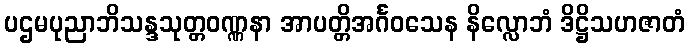
ပဌမပုညာဘိသန္ဒသုတ္တဝဏ္ဏနာ အာပတ္တိအင်္ဂဝသေန နိလ္လောဘံ ဒိဋ္ဌိသဟဇာတံ